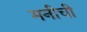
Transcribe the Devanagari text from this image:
मनीची